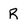
Character: R